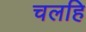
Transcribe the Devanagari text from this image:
चलहि